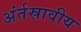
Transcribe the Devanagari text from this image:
अंर्तस्रावीय